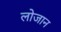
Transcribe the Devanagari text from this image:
लोजान